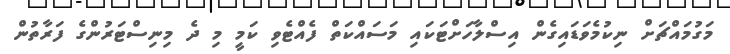
މަގުމައްޗަށް ނިކުމެވަޑައިގެން އިސްލާހަށްޓަކައި މަސައްކަތް ފެއްޓެވި ކަމީ މި ދެ މިނިސްޓަރުންގެ ފަރާތުން